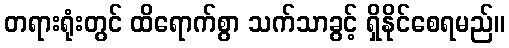
တရားရုံးတွင် ထိရောက်စွာ သက်သာခွင့် ရှိနိုင်စေရမည်။